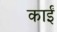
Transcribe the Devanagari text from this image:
काईं